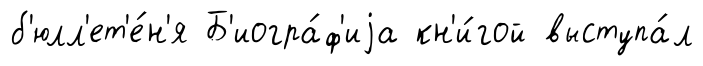
б'юлл'ет'е́н'я Б'иогра́ф'иjа кн'и́гой выступа́л